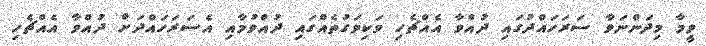
ވީމާ މިދަންނަވާ ސަރަހައްދުގައި ދުއްވާ އެއްޗެހި ވަކިވަގުތެއްގައި ދުއްވުމާއި އެސަރަހައްދަށް ދުއްވާ އެއްޗެހި